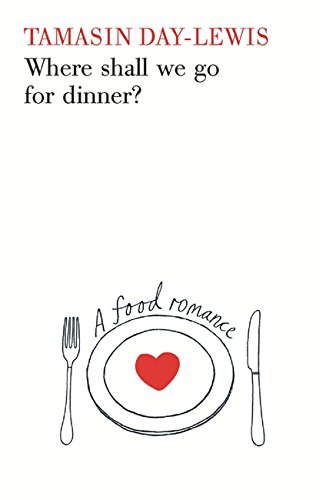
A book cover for Where Shall We Go for Dinner?: A Food Romance; Tamasin Day-Lewis; Romance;